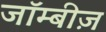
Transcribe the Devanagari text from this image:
जॉम्बीज़